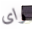
راى